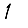
Digit: 1